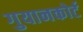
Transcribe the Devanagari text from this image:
गुयानकोर्ट